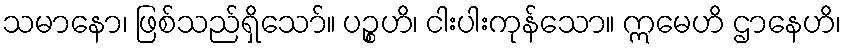
သမာနော၊ ဖြစ်သည်ရှိသော်။ ပဉ္စဟိ၊ ငါးပါးကုန်သော။ ဣမေဟိ ဌာနေဟိ၊